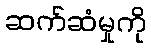
ဆက်ဆံမှုကို